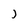
Character: j